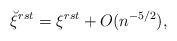
\begin{align*}\breve\xi^{rst}=\xi^{rst}+O(n^{-5/2}),\end{align*}